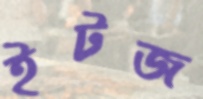
ইটজ